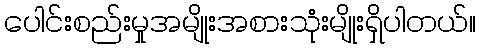
ပေါင်းစည်းမှုအမျိုးအစားသုံးမျိုးရှိပါတယ်။